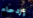
إزدحام